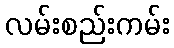
လမ်းစည်းကမ်း